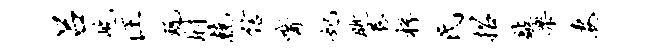
吕屹汪玩肘兢信觜妃眺巷桴氏招敲乐安